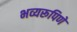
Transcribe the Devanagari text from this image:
भव्यरूपिणे